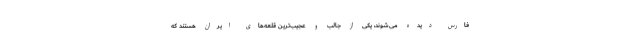
فارس دیده می‌شوند، یکی از جالب و عجیب‌ترین قلعه‌های ایران هستند که